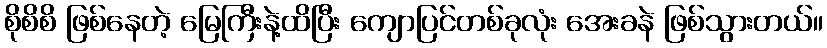
စိုစိစိ ဖြစ်နေတဲ့ မြေကြီးနဲ့ထိပြီး ကျောပြင်တစ်ခုလုံး အေးခနဲ ဖြစ်သွားတယ်။